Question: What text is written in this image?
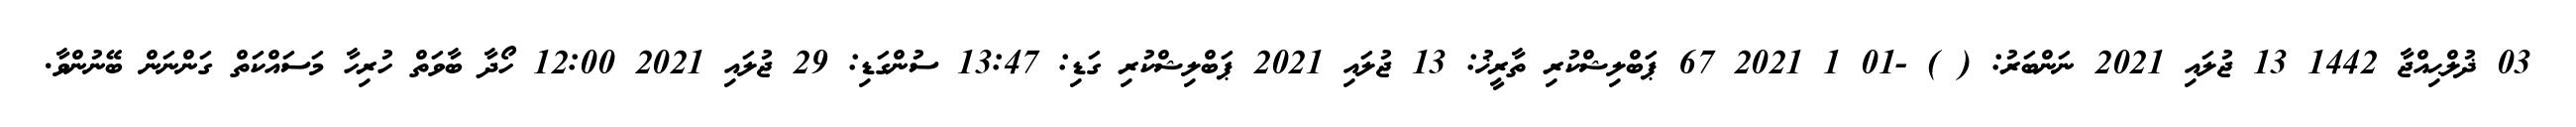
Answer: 03 ޛުލްޙިއްޖާ 1442 13 ޖުލައި 2021 ނަންބަރު: ( ) -01 1 2021 67 ޕަބްލިޝްކުރި ތާރީޚު: 13 ޖުލައި 2021 ޕަބްލިޝްކުރި ގަޑި: 13:47 ސުންގަޑި: 29 ޖުލައި 2021 12:00 ހޯދާ ބާވަތް ހުރިހާ މަސައްކަތް ގަންނަން ބޭނުންވާ.